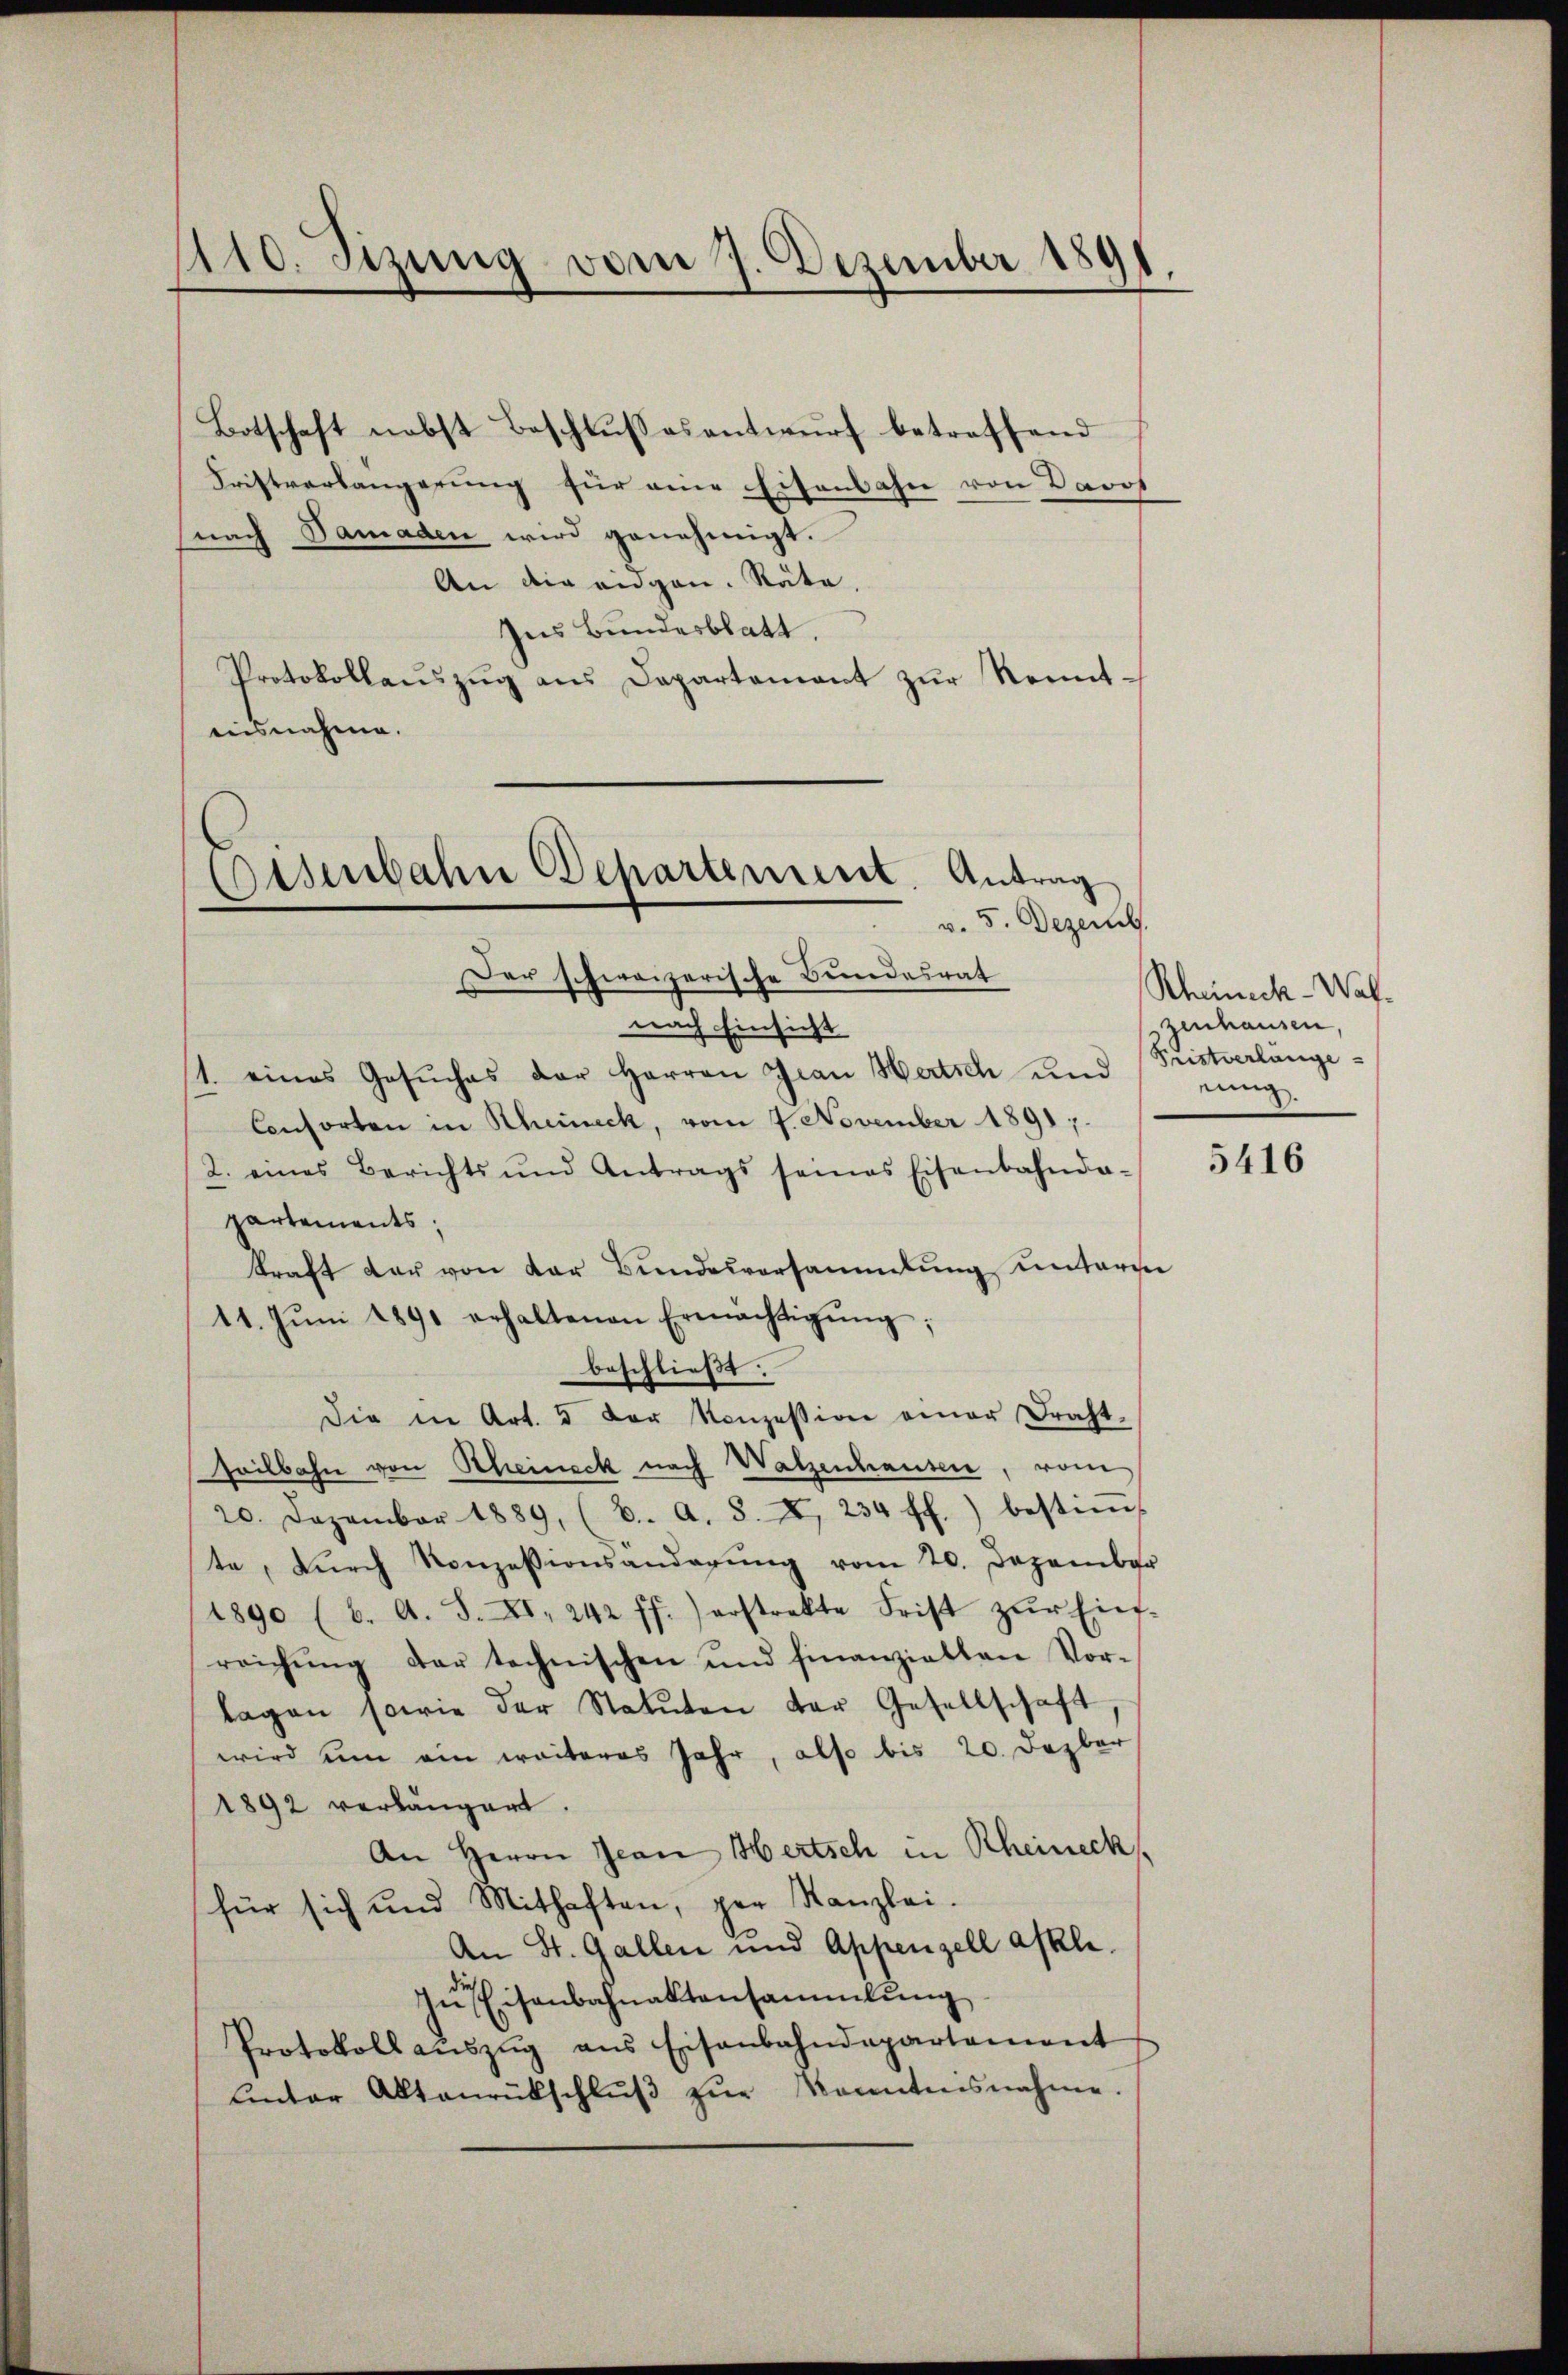
1110. Sizung vom 7. Dezember 1891.

Botschaft nebst Beschlusses antwurf betreffend
Fristverlängerung für eine Eisenbahn von Davos
nach Samaden wird genehmigt.
An die eidgen. Räte,
Ins Bundesblatt.
Protokollaŭszŭg ans Departament zŭr Kenntausnahme.

Osenbahn Departement. Antrag
v. 5. Dezemb.
Der schweizerische Bundesrat

nach Einsicht
1. eines Gesuches der Herren Grau Hertsch und (Pristverlänge¬
Consorten in Scheineck, vom 7. November 1891 ;
2. eines Berichts und Antrags seines Eisenbahnda-
partements;
kraft der von der Bundesversammlung unterm
11. Jŭni 1891 erhaltenen Ermächtigŭng:
beschließt:
Die in Art. 5 der Konzession einer Draht-
Heilbahn von Rheineck nach Walzenhausen, von
20. Dezember 1889, (C. A. S. X. 234 ff.) bestim-
te, dŭrch Konzessionsanderŭng vom 20. Dezember
1890 (6. A. S. XI. 242 ff.) erstrakte Frist zŭr Ein-
reichŭng der technischen und finanzielten Vor-
lagen sowie der Statuten der Gesellschaft,
wird um ein weiteres Jahr, also bis 20. Dezber
1892 verlängert.
An Herrn Jean Hertsch in Rheineck
für sich und Mithaften, per Kanzlei-
An St. Gallen und Appenzell afkle.
In Eisenbahnaktensammlung
Protokoll aŭszŭg ans Eisenbahndepartement
Unter Altanrückschlŭβ zŭr kanntensnahme.

Rheinick - Walzenhausen,
eung.

5416